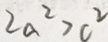
2 a ^ { 2 } > c ^ { 2 }